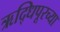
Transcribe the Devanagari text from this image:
ऋद्धिपूरच्या